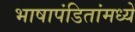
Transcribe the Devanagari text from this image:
भाषापंडितांमध्ये